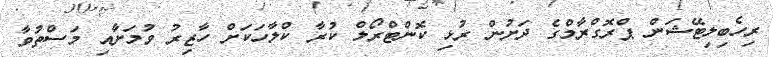
ރިހެބިލިޓޭޝަން ޕްރޮގްރާމްގެ ދަށުން ރުޅި ކޮންޓްރޯލް ކުރާ ކްލާހަކަށް ހާޒިރު ވުމަށާއި މަސްތުވާ